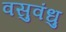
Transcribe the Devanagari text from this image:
वसुवंधु